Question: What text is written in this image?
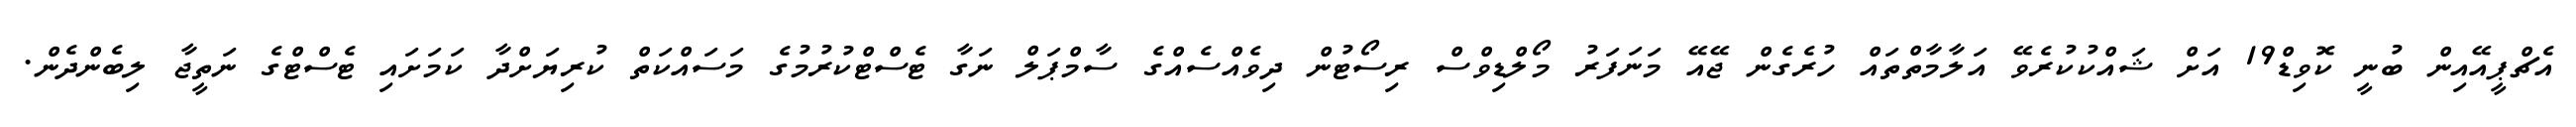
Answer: އެޗްޕީއޭއިން ބުނީ ކޮވިޑް19 އަށް ޝައްކުކުރެވޭ އަލާމާތްތައް ހުރެގެން ޖޭއޭ މަނަފަރު މޯލްޑިވްސް ރިސޯޓުން ދިވެއްސެއްގެ ސާމްޕަލް ނަގާ ޓެސްޓްކުރުމުގެ މަސައްކަތް ކުރިޔަށްދާ ކަމަށައި ޓެސްޓްގެ ނަތީޖާ ލިބެންދެން.